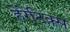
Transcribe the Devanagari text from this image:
हेरेटिक्स